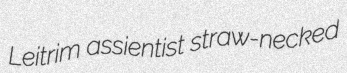
Leitrim assientist straw-necked